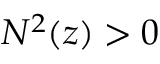
N ^ { 2 } ( z ) > 0